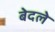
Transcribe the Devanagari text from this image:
बेदले